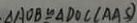
\Delta A O B \cong \Delta D O C ( A A S )